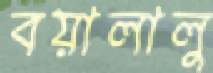
বয়ালালু